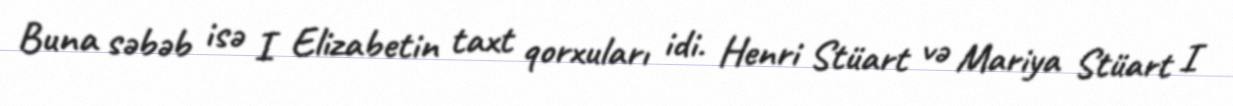
Buna səbəb isə I Elizabetin taxt qorxuları idi. Henri Stüart və Mariya Stüart I